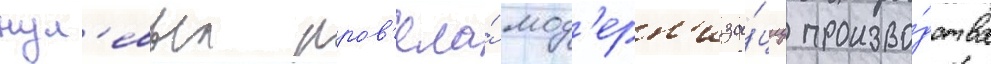
нул'евых пров'ела́ мод'ерн'иза́циу произво́дства